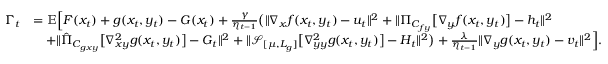
\begin{array} { r l } { \Gamma _ { t } } & { = \mathbb { E } \Big [ F ( x _ { t } ) + g ( x _ { t } , y _ { t } ) - G ( x _ { t } ) + \frac { \gamma } { \eta _ { t - 1 } } \big ( \| \nabla _ { x } f ( x _ { t } , y _ { t } ) - u _ { t } \| ^ { 2 } + \| \Pi _ { C _ { f y } } \big [ \nabla _ { y } f ( x _ { t } , y _ { t } ) \big ] - h _ { t } \| ^ { 2 } } \\ & { \quad + \| \hat { \Pi } _ { C _ { g x y } } \big [ \nabla _ { x y } ^ { 2 } g ( x _ { t } , y _ { t } ) \big ] - G _ { t } \| ^ { 2 } + \| \mathcal { S } _ { [ \mu , L _ { g } ] } \big [ \nabla _ { y y } ^ { 2 } g ( x _ { t } , y _ { t } ) \big ] - H _ { t } \| ^ { 2 } \big ) + \frac { \lambda } { \eta _ { t - 1 } } \| \nabla _ { y } g ( x _ { t } , y _ { t } ) - v _ { t } \| ^ { 2 } \Big ] . } \end{array}